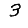
Digit: 3